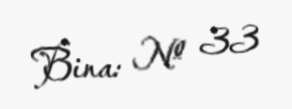
Bina: № 33